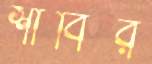
শাবির